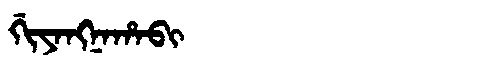
Manchu: ᡤᡳᠶᠠᠩᠨᠠᡥᠠᠪᡳ
Romanization: GIYANGNAHABI